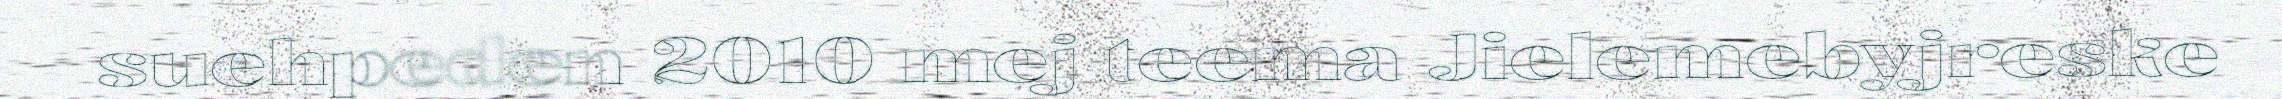
suehpeden 2010 mej teema Jielemebyjreske